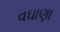
વઘાણા